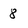
Character: 8